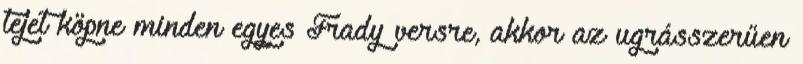
tejet köpne minden egyes Frady versre, akkor az ugrásszerűen